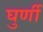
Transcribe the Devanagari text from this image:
घुर्णी